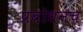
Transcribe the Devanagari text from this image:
प्रबोधनच